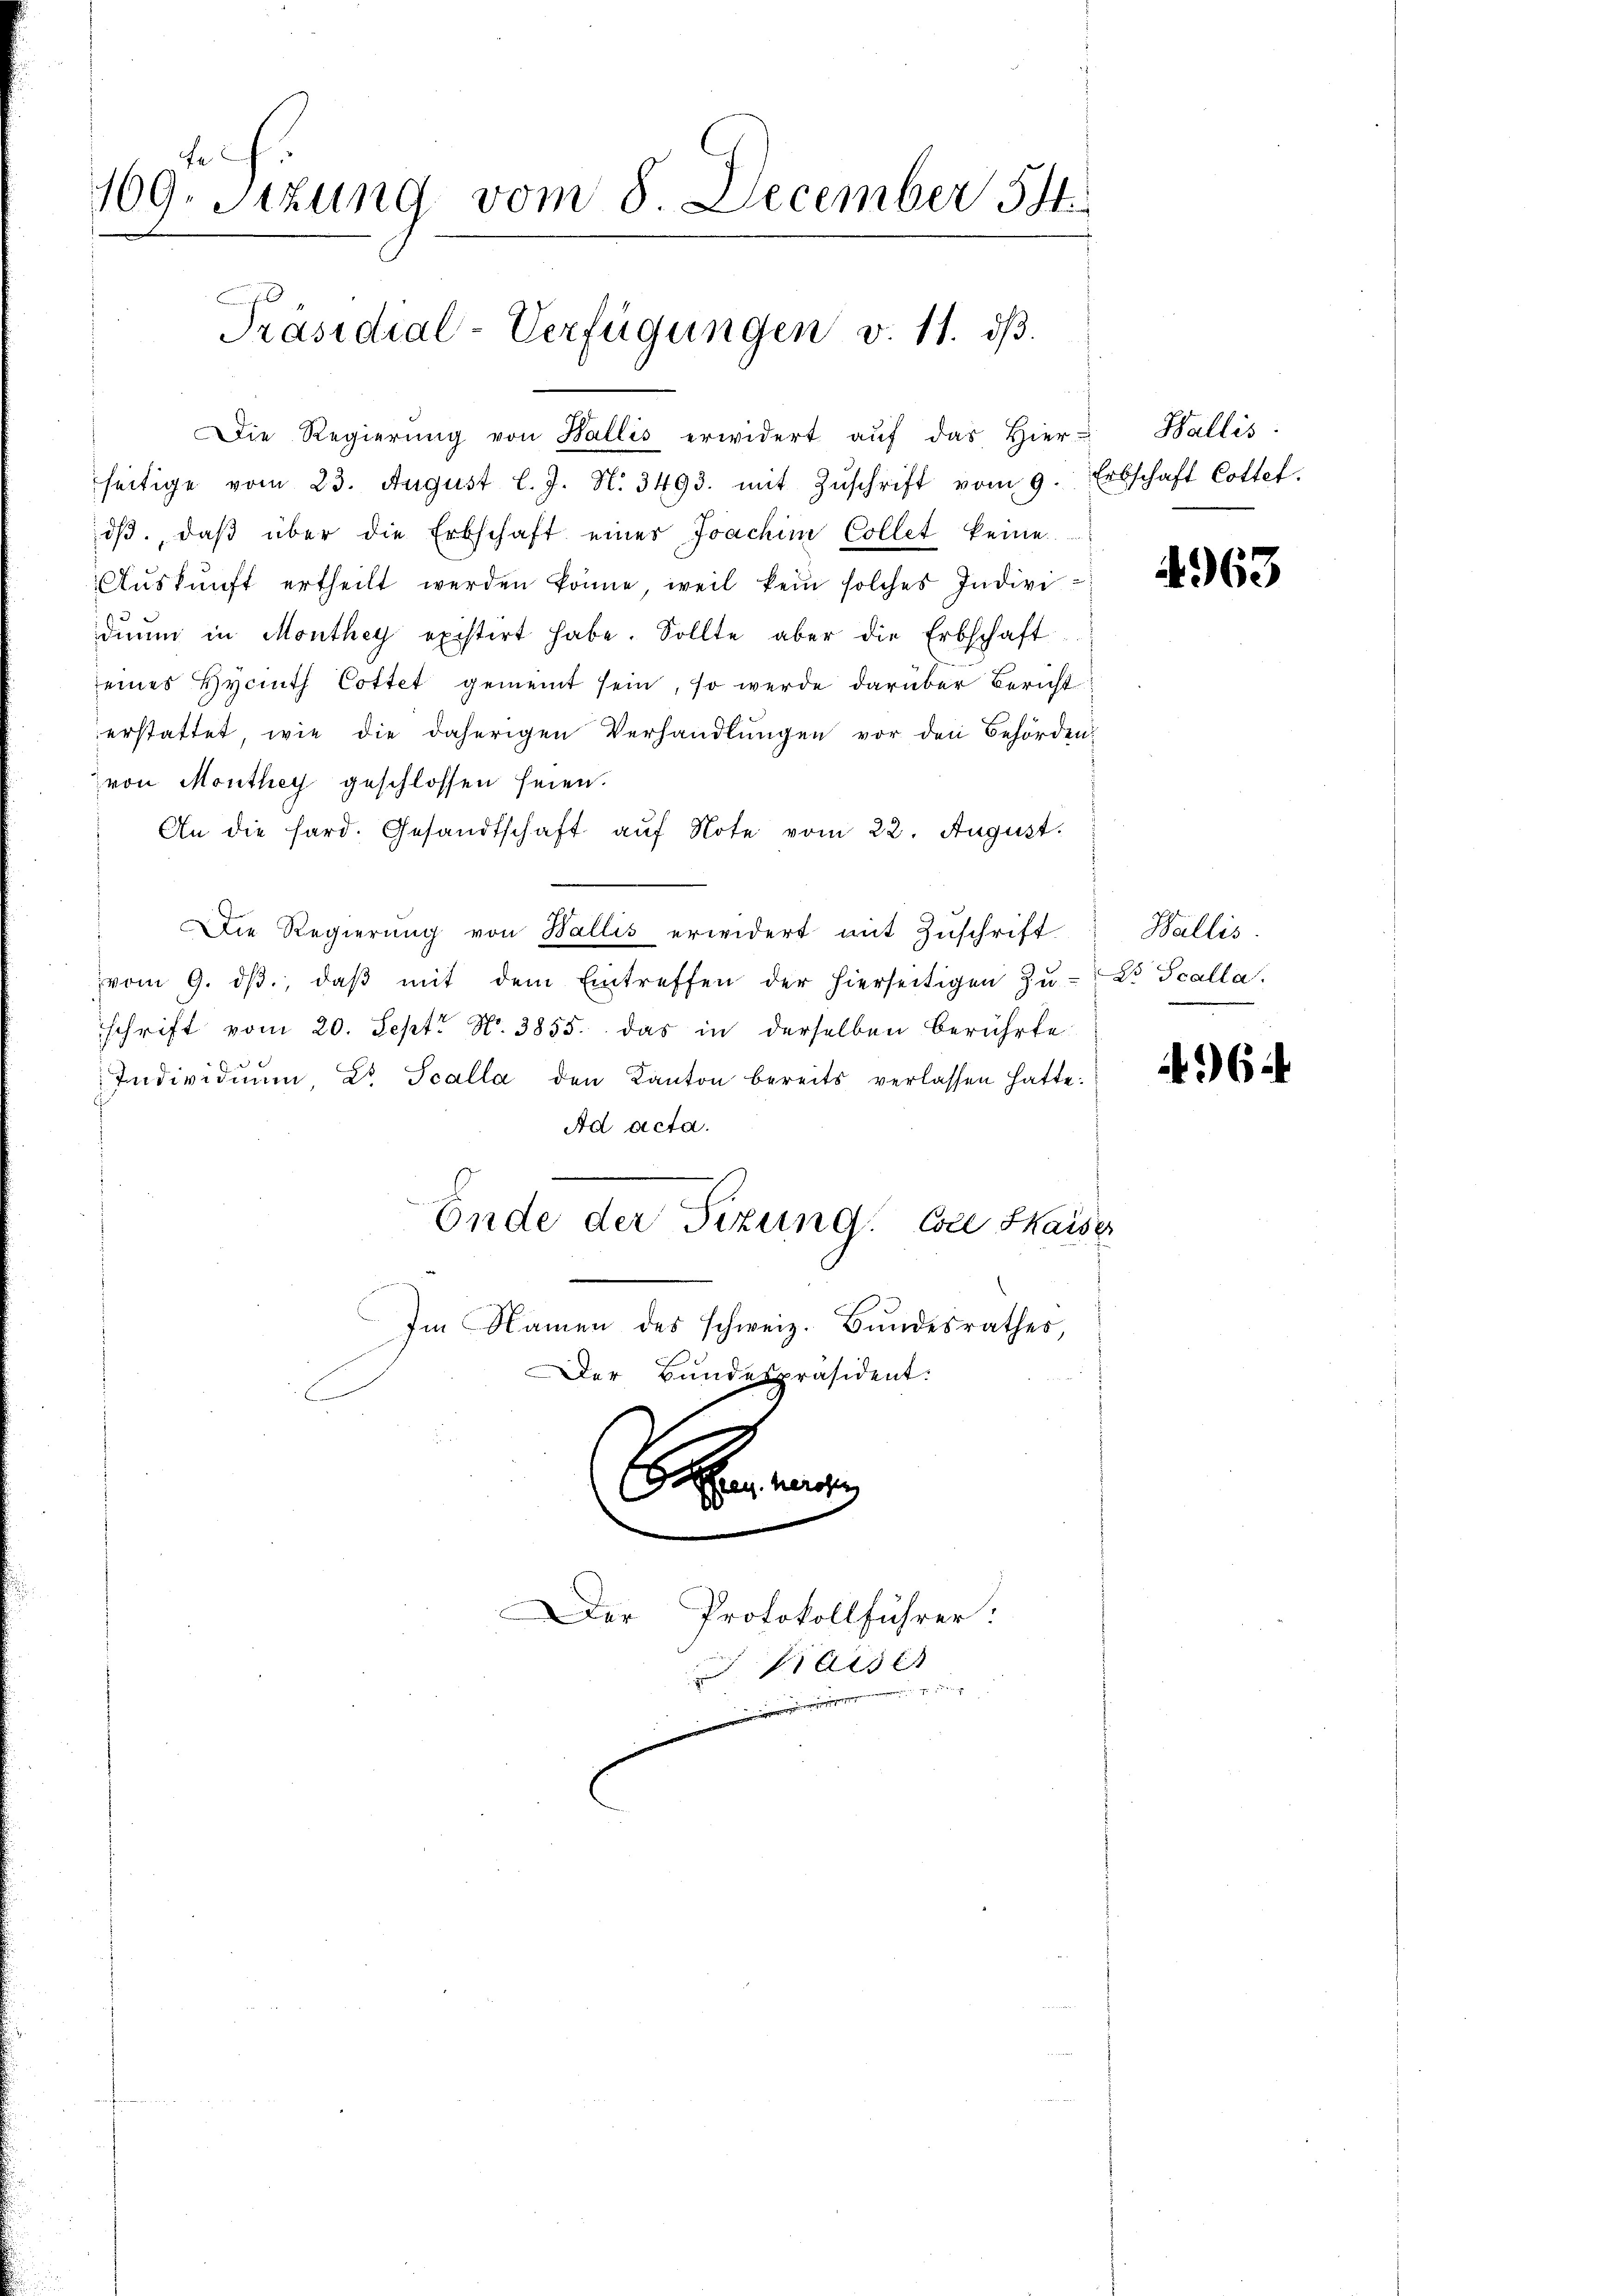
fe
109. Sitzung vom 8. December 14.

Die Regierŭng von Wallis erwidert aŭf das hier-Wallis:
seitige vom 23. August l. J. N. 3493. mit Zŭschrift vom 9. Erbschaft Cottet.
dβ, daβ über die Erbschaft einer Joachim Collet keine
Aŭskŭnft ertheilt werden könne, weil kein solches Indivi-
diŭm in Monthey existirt habe. Sollte aber die Erbschaft
eines Hycinth Cottet gemeint sein, so werde darüber Bericht
erstattet, wie die daherigen Verhandlungen vor den Behörden:
von Monthey geschlossen seien.
An die hard. Gesandtschaft aŭf Note vom 22. August.
Die Regierŭng von Wallis erwidert mit Zŭschrift Wallis.
vom 9. dβ, daβ mit dem Eintreffen der hierseitigen Zŭ- Dr. Scalla.
schrift vom 20. Sept No. 3855. das in derselben berührte
Individuum, Dr. Scalla den Kanton bereits verlassen hatte.
Ad acta.
B
Ende der Sizung. Coll Kaiser
Im Namen des schweiz. Bundesrathes,
Der Bundespräsident:
B
Der Protokollführer:

Präsidial-Verfügungen v. 11. ds.

Kaiser
u

4963

496